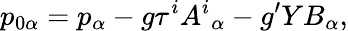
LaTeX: p_{0\alpha}=p_{\alpha}-g\tau^{i}A^{i}{}_{\alpha}-g^{\prime}YB_{\alpha},